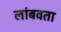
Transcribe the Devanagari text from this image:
लांबवता